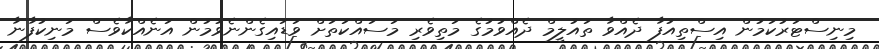
މިިނިސްޓަރުކަމުން އިސްތިއުފާ ދެއްވާ ތައުލީމް ދެއްވުމުގެ މަތިވެރި މަސައްކަތަށް ވަޑައިގެންނެވުމުން އަނެއްކާވެސް މަނިކުފާނާ